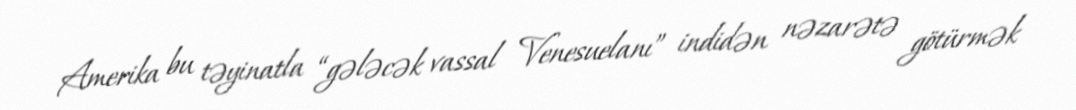
Amerika bu təyinatla “gələcək vassal Venesuelanı” indidən nəzarətə götürmək